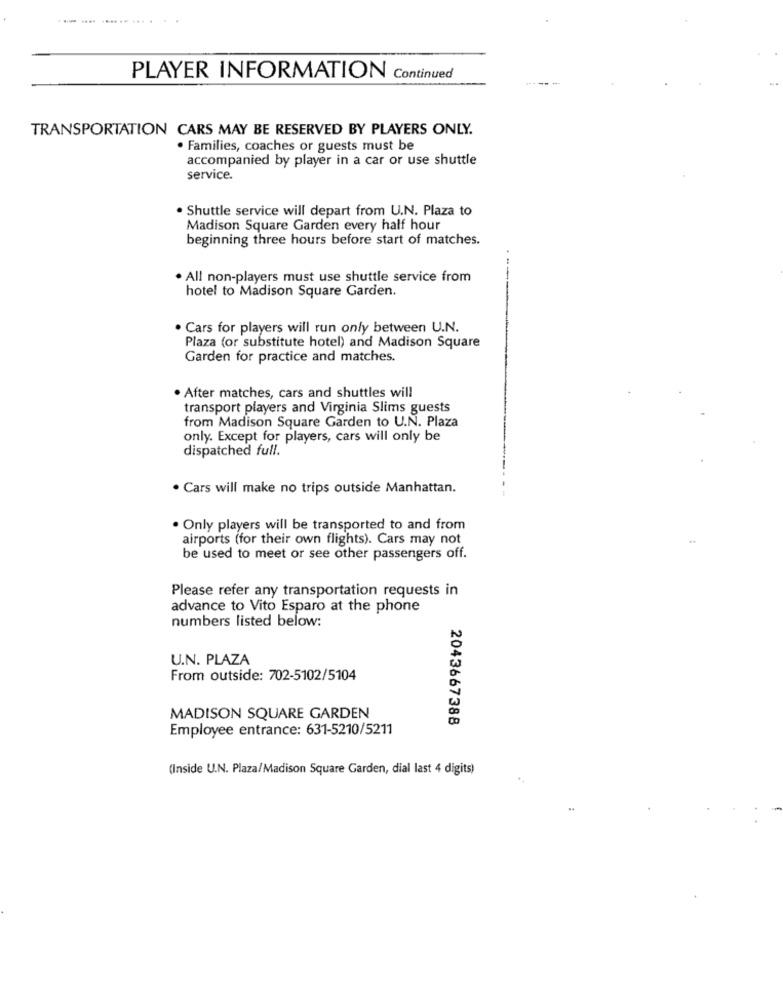
PLAYER INFORMATION Continued
TRANSPORTATION CARS MAY BE RESERVED BY PLAYERS ONLY.
· Families, coaches or guests must be
accompanied by player in a car or use shuttle
service.
· Shuttle service will depart from U.N. Plaza to
Madison Square Garden every half hour
beginning three hours before start of matches.
. All non-players must use shuttle service from
hotel to Madison Square Garden.
· Cars for players will run only between U.N.
Plaza (or substitute hotel) and Madison Square
Garden for practice and matches.
. After matches, cars and shuttles will
transport players and Virginia Slims guests
from Madison Square Garden to U.N. Plaza
only. Except for players, cars will only be
dispatched full.
· Cars will make no trips outside Manhattan.
. Only players will be transported to and from
airports (for their own flights). Cars may not
be used to meet or see other passengers off.
Please refer any transportation requests in
advance to Vito Esparo at the phone
numbers listed below:
U.N. PLAZA
From outside: 702-5102/5104
MADISON SQUARE GARDEN
2043667388
Employee entrance: 631-5210/5211
(Inside U.N. Plaza/Madison Square Garden, dial last 4 digits)